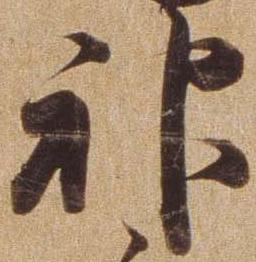
神